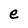
Character: e